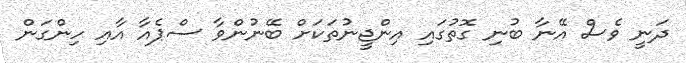
ދަނީ ވެސް އޭނާ ބުނި ގޮތުގައި އިންޖީނުތަކަށް ބޭނުންވާ ސްޕެއާ އާއި ހިންގަން